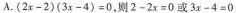
A.$$(2x-2)(3x-4)=0$$，则$$2-2x=0$$或$$3x-4=0$$